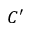
C ^ { \prime }